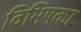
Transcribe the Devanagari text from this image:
विभिषका